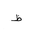
Letter: _za